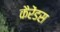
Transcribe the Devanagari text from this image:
कैरेंडस